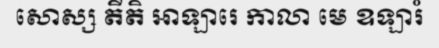
សោស្ស តីតិ ឤឡារេ កាលា មេ ឧឡារំ